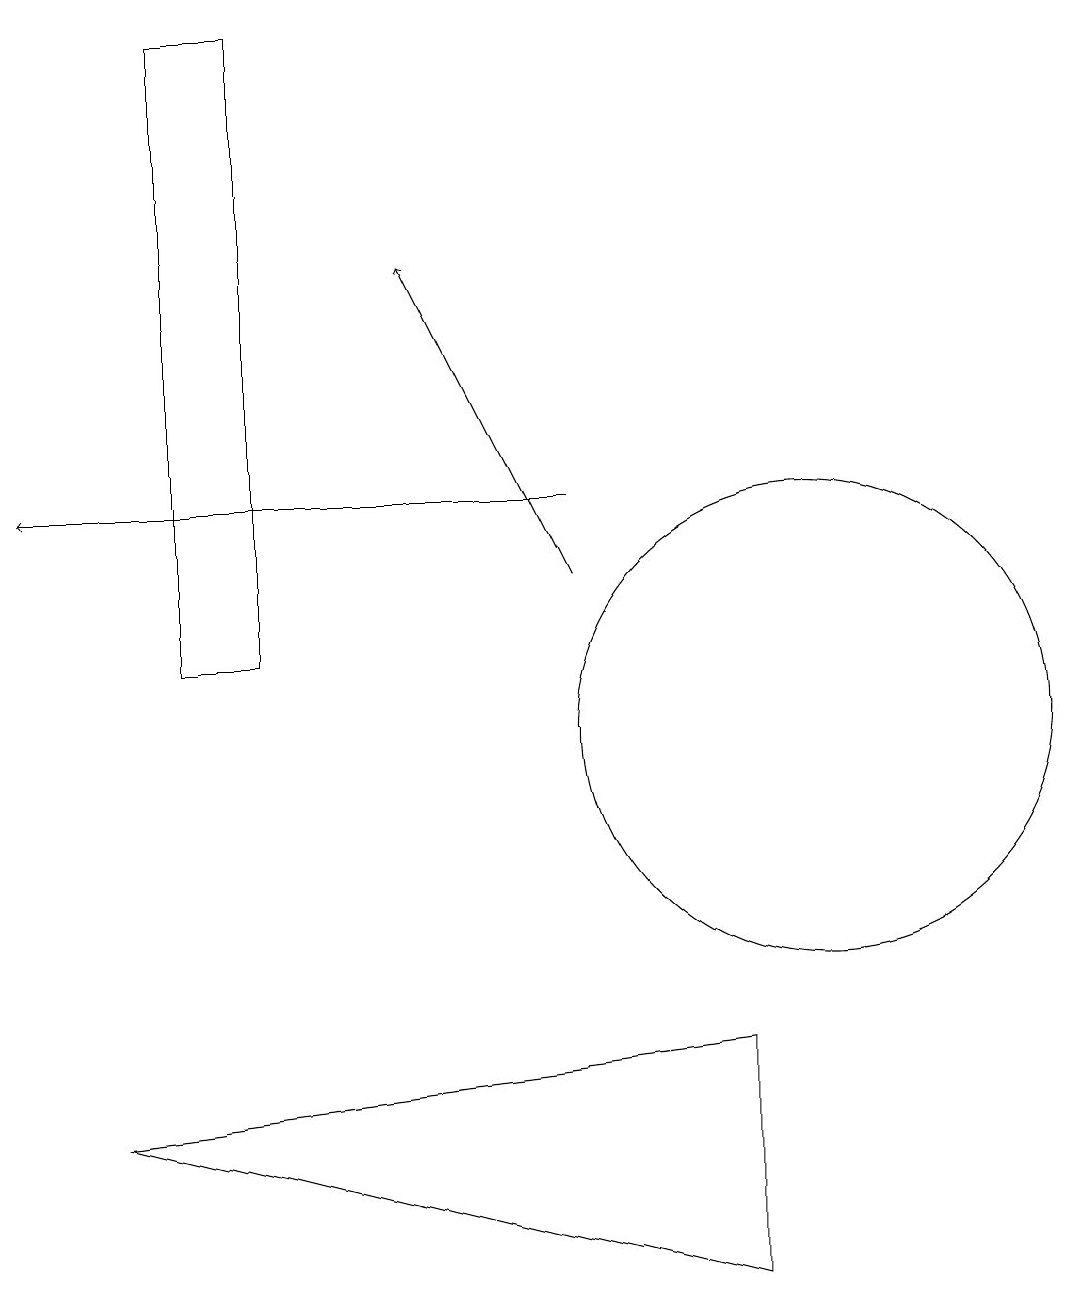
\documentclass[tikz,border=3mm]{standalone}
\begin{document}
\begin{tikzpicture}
\draw (10,10) circle (3);
\draw (1,5) -- (9,6) -- (9,3) -- cycle;
\draw (2,19) rectangle (3,11);
\draw[->] (7,13) -- (0,13);
\draw[->] (7,12) -- (5,16);
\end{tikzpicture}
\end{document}